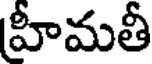
హీమతీ